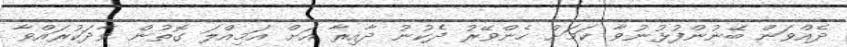
ދެއްވަން ބޭނުންފުޅުނުވާ ކަމަށް ހެންވޭރު ދެކުނު ދާއިރާ އަށް އަމިއްލަ ގޮތުން ވާދަކުރައްވާ